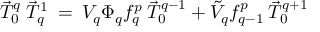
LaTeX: \vec { T } _ { 0 } ^ { q } \: \vec { T } _ { q } ^ { 1 } \: = \: V _ { q } \Phi _ { q } f _ { q } ^ { p } \: \vec { T } _ { 0 } ^ { q - 1 } + \tilde { V } _ { q } f _ { q - 1 } ^ { p } \: \vec { T } _ { 0 } ^ { q + 1 }